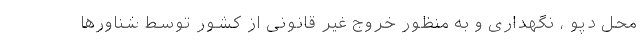
محل دپو ، نگهداری و به منظور خروج غیر قانونی از کشور توسط شناورها